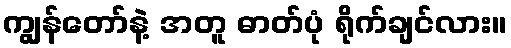
ကျွန်တော်နဲ့ အတူ ဓာတ်ပုံ ရိုက်ချင်လား။